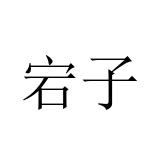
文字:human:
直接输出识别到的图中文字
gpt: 宕子